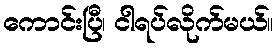
ကောင်းပြီ၊ ငါရပ်လိုက်မယ်။